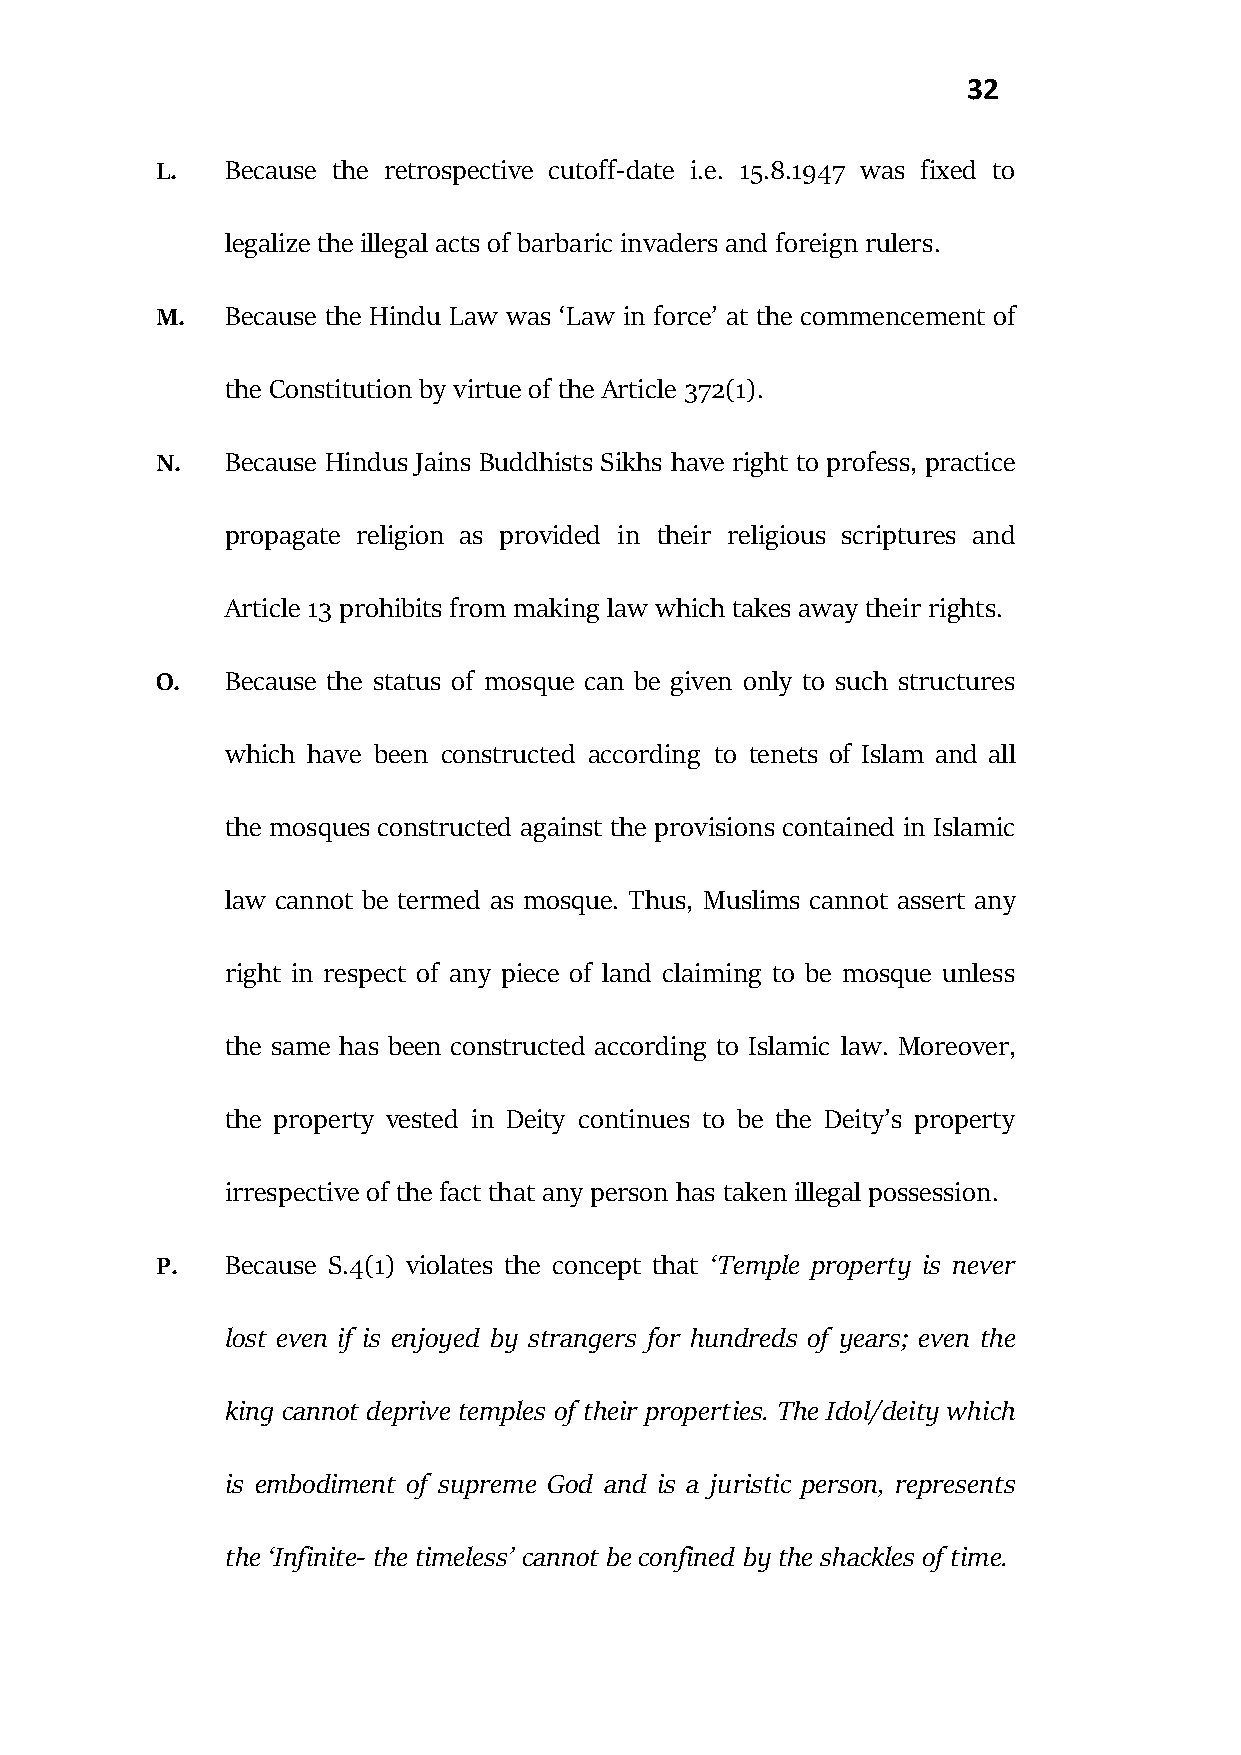
32
 L.   Because the retrospective cutoff-date i.e. 15.8.1947 was fixed to
 legalize the illegal acts of barbaric invaders and foreign rulers.
 M.   Because the Hindu Law was ‘Law in force’ at the commencement of
 the Constitution by virtue of the Article 372(1).
 N.   Because Hindus Jains Buddhists Sikhs have right to profess, practice
 propagate religion as provided in their religious scriptures and
 Article 13 prohibits from making law which takes away their rights.
 O.   Because the status of mosque can be given only to such structures
 which have been constructed according to tenets of Islam and all
 the mosques constructed against the provisions contained in Islamic
 law cannot be termed as mosque. Thus, Muslims cannot assert any
 right in respect of any piece of land claiming to be mosque unless
 the same has been constructed according to Islamic law. Moreover,
 the property vested in Deity continues to be the Deity’s property
 irrespective of the fact that any person has taken illegal possession.
 P.   Because S.4(1) violates the concept that ‘Temple property is never
 lost even if is enjoyed by strangers for hundreds of years; even the
 king cannot deprive temples of their properties. The Idol/deity which
 is embodiment of supreme God and is a juristic person, represents
 the ‘Infinite- the timeless’ cannot be confined by the shackles of time.